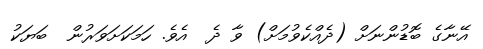
އޭނާގެ ބޮޑުންނަށް (ދެއްކެވުމަށް) ވާ ދެ  އެވެ. ހަމަކަށަވަރުން  ބަޔަކު